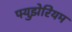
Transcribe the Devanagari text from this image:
फ्युझेरियम